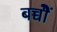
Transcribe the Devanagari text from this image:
बच्चोेैं